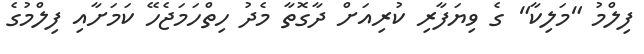
ފިލްމު "މަލިކާ" ގެ ވިޔަފާރި ކުރިއަށް ދާގޮތާ މެދު ހިތްހަމަޖެހޭ ކަމަށާއި ފިލްމުގެ